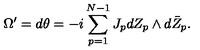
\Omega ^ { \prime } = d \theta = - i \sum _ { p = 1 } ^ { N - 1 } J _ { p } d Z _ { p } \wedge d \bar { Z } _ { p } .